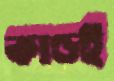
কাণ্ডই